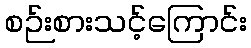
စဉ်းစားသင့်ကြောင်း